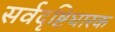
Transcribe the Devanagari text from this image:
सर्वदृष्टिधारक